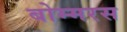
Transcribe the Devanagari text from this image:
बोम्मरस